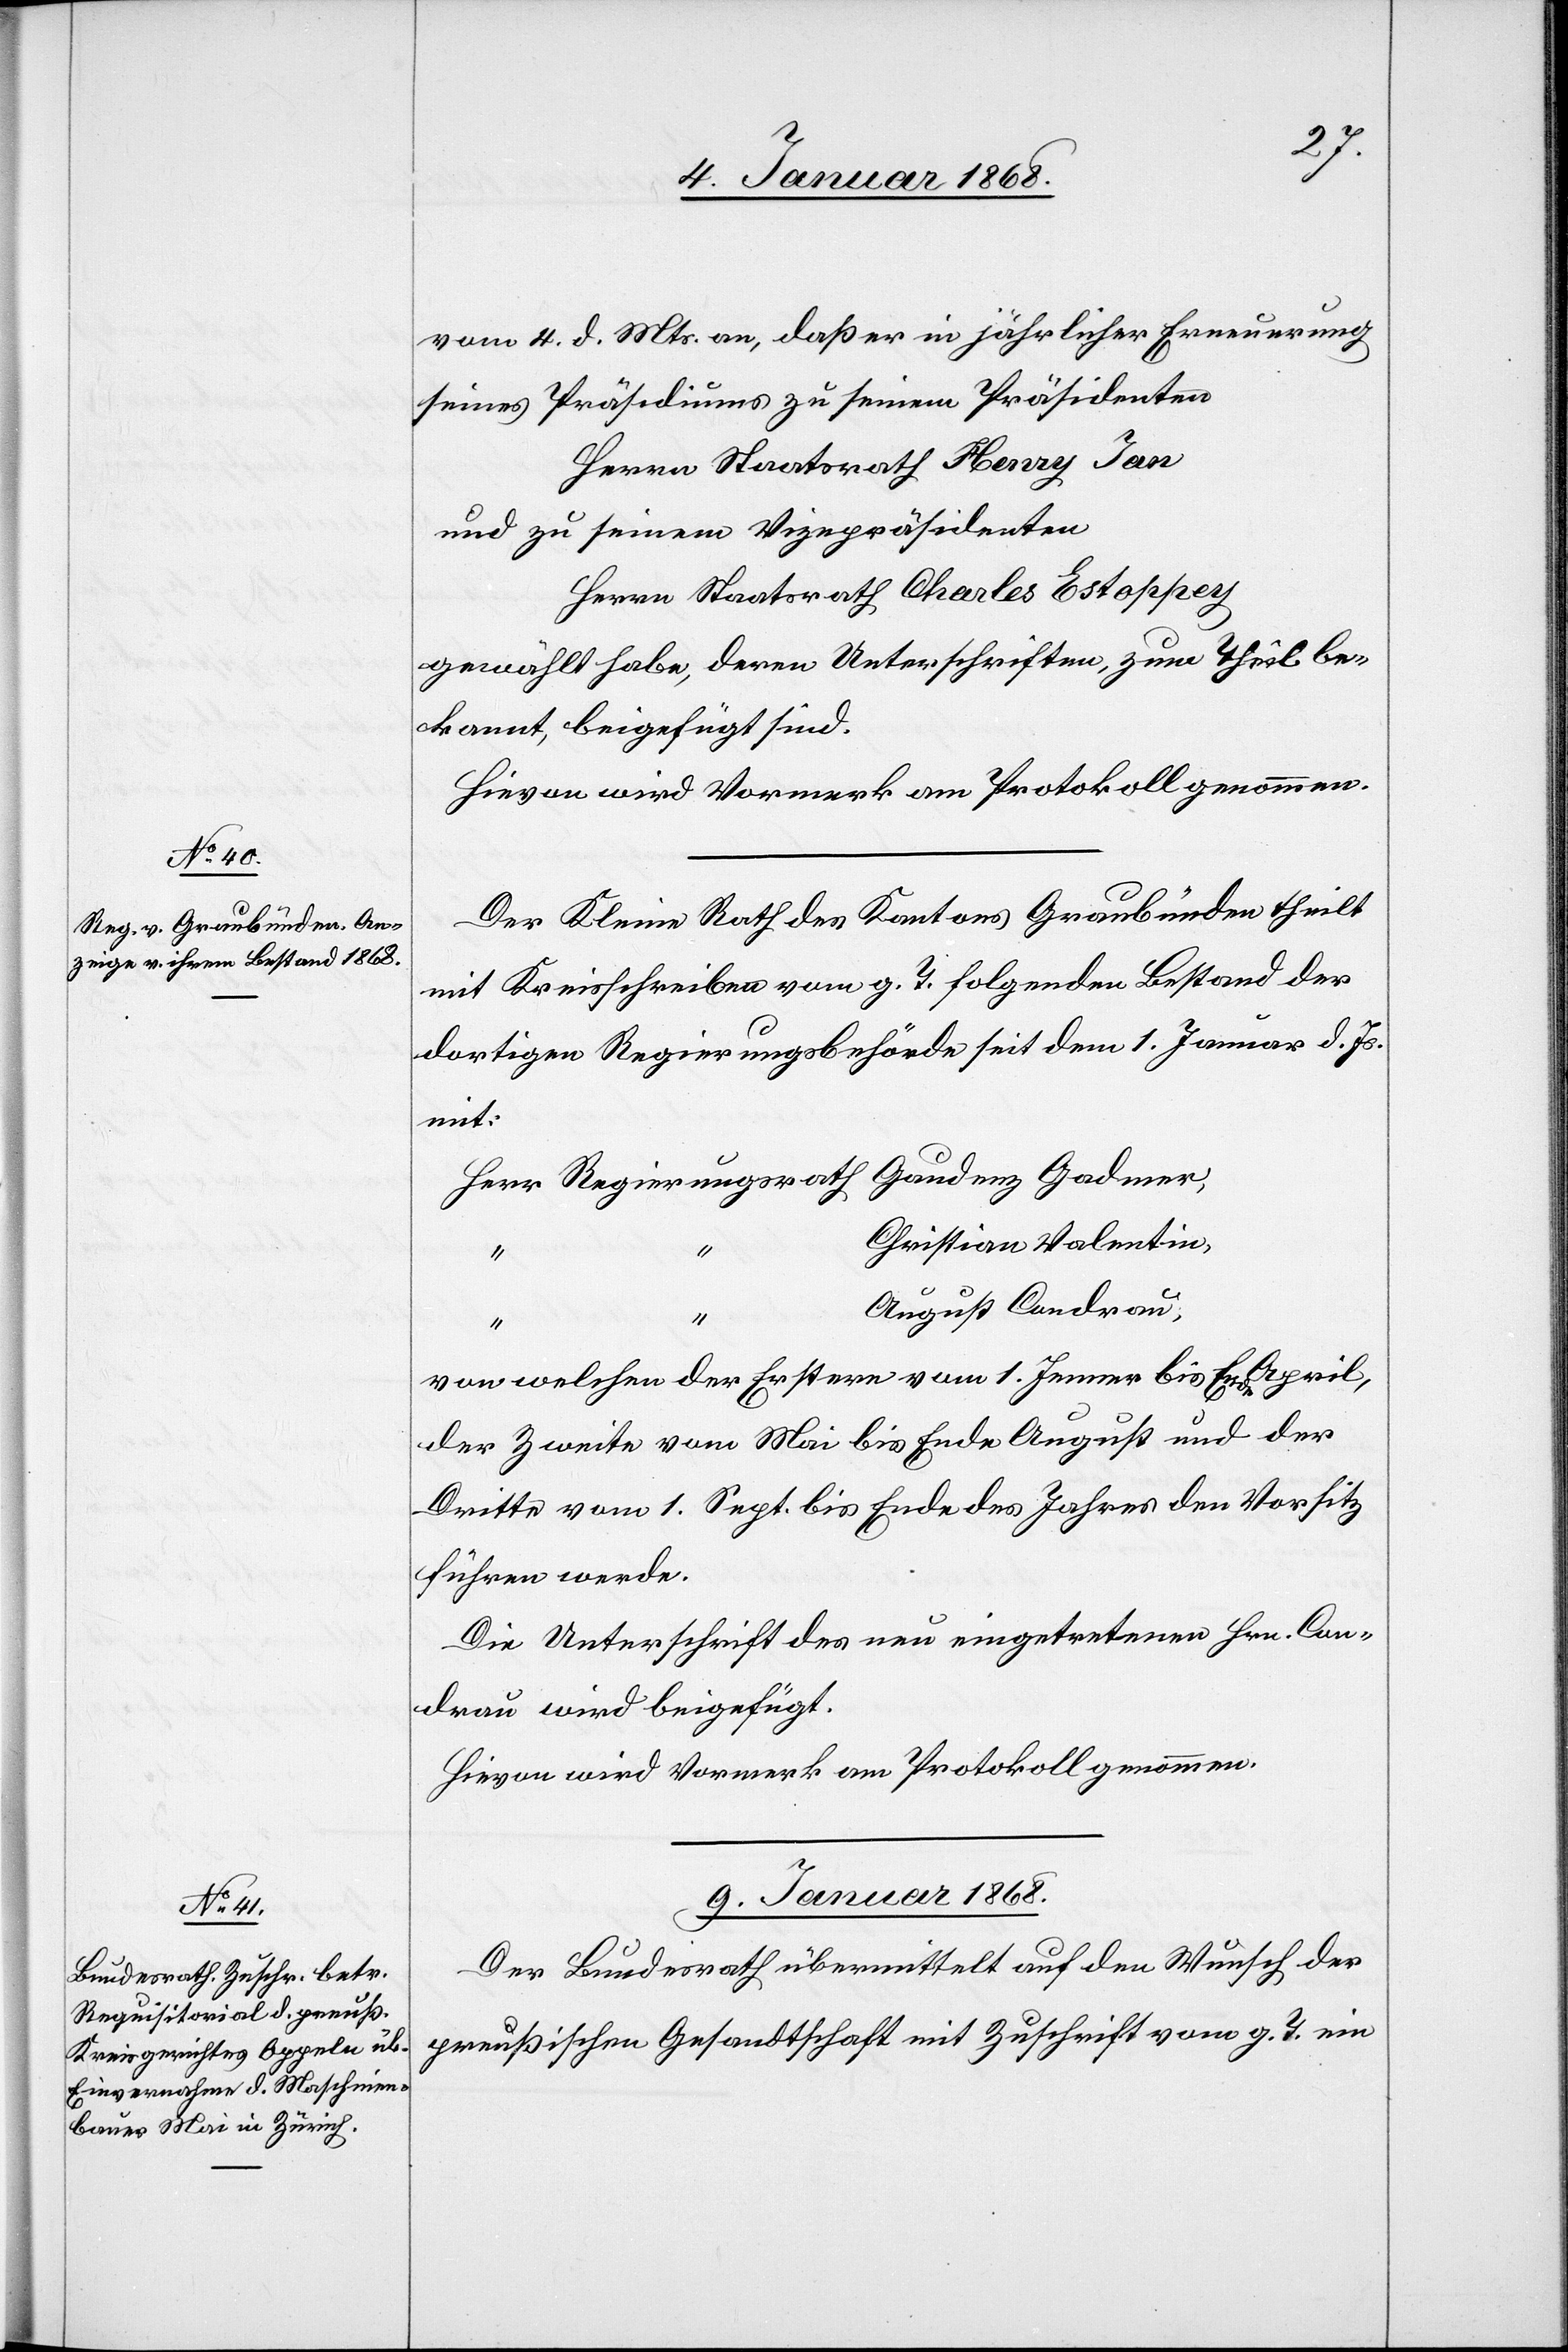
8. Januar 1868.]
vom 4. d. Mts. an, daß er in jährlicher Erneuerung
seines Präsidiums zu seinem Präsidenten
Herrn Staatsrath Henry Jan
und zu seinem Vizepräsidenten
Herrn Staatsrath Charles Estoppey
gewählt habe, deren Unterschriften, zum Theil be¬
kannt, beigefügt sind.
Hievon wird Vormerk am Protokoll genommen.
Der Kleine Rath des Kantons Graubünden theilt
mit Kreisschreiben vom g. T. folgenden Bestand der
dortigen Regierungsbehörde seit dem 1. Januar d. Js.
mit:
Herr Regierungsrath Gaudenz Gadmer,
Christian Valentin,
“
August Condrau,
von welchen der Erstere vom 1. Jenner bis Ende April,
der Zweite vom Mai bis Ende August und der
Dritte vom 1. Sept. bis Ende des Jahres den Vorsitz
führen werde.
Die Unterschrift des neu eingetretenen Hrn. Con¬
drau wird beigefügt.
Hievon wird Vormerk am Protokoll genommen.
9. Januar 1868.
Der Bundesrath übermittelt auf den Wunsch der
preußischen Gesandtschaft mit Zuschrift vom g. T. ein